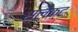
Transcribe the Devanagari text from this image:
सलैक्ट